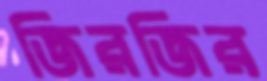
জিরজির